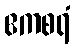
ဧကစရံ